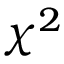
\chi ^ { 2 }